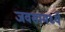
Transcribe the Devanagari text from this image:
जवसामध्ये